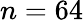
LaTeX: n=64